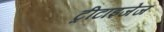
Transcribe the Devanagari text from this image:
ट्रीटाइजेज